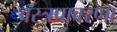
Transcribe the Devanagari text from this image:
वस्त्रप्रावरणां